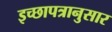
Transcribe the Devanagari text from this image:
इच्छापत्रानुसार